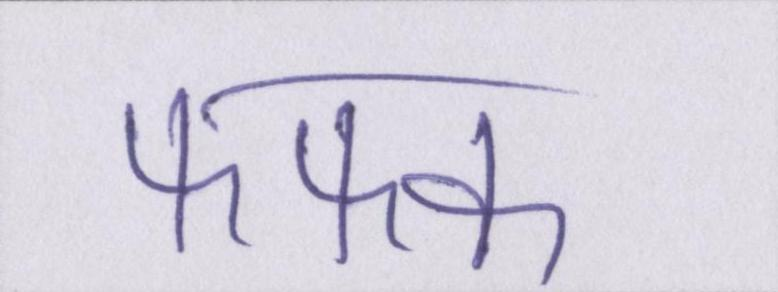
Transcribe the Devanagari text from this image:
फफक